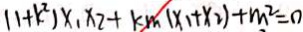
( 1 + k ^ { 2 } ) x _ { 1 } x _ { 2 } + k m ( x _ { 1 } + x _ { 2 } ) + m ^ { 2 } = 0